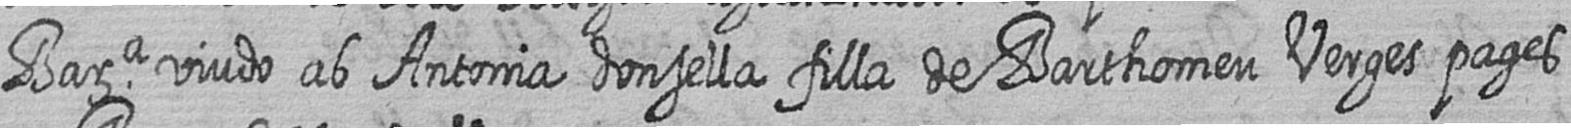
Bara viudo ab Antonia donsella filla de Barthomeu Verges pages